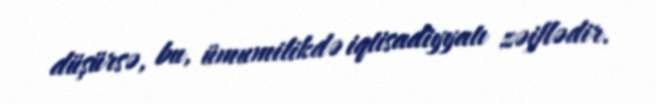
düşürsə, bu, ümumilikdə iqtisadiyyatı zəiflədir.